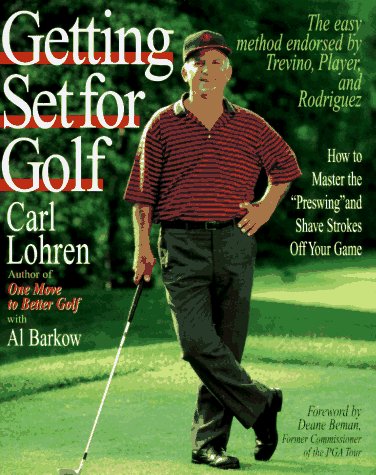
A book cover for Getting Set for Golf: How to Master the "Preswing" and Shave Strokes off Your Game; Carl Lohren; Sports & Outdoors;